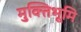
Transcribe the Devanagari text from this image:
मुक्तिभूमि